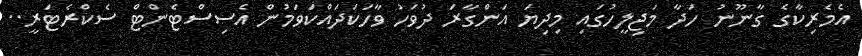
އެމެރިކާގެ ގާނޫނު ހަދާ މަޖިލީހުގައި މިދިޔަ އަންގާރަ ދުވަހު ވާހަކަދައްކަވަމުން އެސިސްޓެންޓް ސެކްރެޓަރީ..